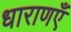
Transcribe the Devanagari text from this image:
धाराणएँ